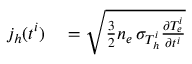
\begin{array} { r l } { j _ { h } ( t ^ { i } ) } & { { } = \sqrt { \frac { 3 } { 2 } n _ { e } \, \sigma _ { T _ { h } ^ { i } } \frac { \partial T _ { e } ^ { i } } { \partial t ^ { i } } } } \end{array}